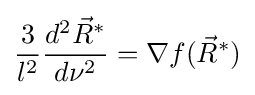
{\frac {3}{l^{2}}}{\frac {d^{2}{\vec {R}}^{*}}{d\nu ^{2}}}=\nabla f({\vec {R}}^{*})